system: You are a helpful assistant.
user:
Analyze the provided spectrum to determine if it is a **S-type Star**.

- **Key Indicators for S-type Star:**

    - **(Overall Spectrum Shape):** The first and most obvious characteristic is the overall continuum (the "baseline" shape). It is **extremely "red-sloping,"** meaning the flux (light intensity) is very low on the left side (blue, ~4000-4500 Å) and rises steeply and continuously toward the right side (red, ~7000 Å+).

    - **(Primary):** The spectrum is defined by the presence of strong, broad molecular absorption "valleys" (bands) from **Zirconium Oxide (ZrO)**. The identification of these bands is the **primary requirement** for classifying a star as S-type.
        - **(Key Bandheads):** You must find distinct, deep "dips" where the light has been absorbed. The most critical band systems to locate are:
            - **~6474 Å** ($\gamma$-system): This is often the strongest and clearest ZrO feature, found in the red part of the spectrum.
            - **~5718 Å** & **~5551 Å** ($\beta$-system): A pair of prominent absorption features in the yellow-orange part of the spectrum.
            - **~4640 Å** ($\alpha$-system): A key absorption band system in the blue-green region of the spectrum.

    - **(Secondary Confirmation):** The classification is strengthened by finding additional absorption bands from other related heavy element oxides, which are expected to be present alongside ZrO.
        - **(Key Bandheads):**
            - **Yttrium Oxide (YO):** Look for absorption dips near **~4800 Å** and **~6100 Å**.
            - **Lanthanum Oxide (LaO):** Additional absorption features, particularly in the red-orange part of the spectrum, are also characteristic.

    - **(Line Profile):** The combination of the steep red continuum and these numerous, deep molecular bands (ZrO, YO, etc.) gives the entire spectrum a very **"chopped-up"** or **"bumpy"** appearance. Instead of a smooth curve, the spectrum looks as though large, wide chunks of light have been "carved out" of it at the specific wavelengths listed above.

Think first, call **spectral_visualization_tool** if needed to examine features in detail, then provide your final answer. Your response must adhere to the following strict rules:
1.  **Overall Structure:** Your response must follow the format `<think>...</think> <tool_call>...</tool_call> (if a tool is used) <answer>...</answer>`.
2.  **Tool Usage Constraint:** You may only make **one** tool call per turn.
3.  **Final Answer Format:** In the `<answer>` tag, your conclusion must be inside a `\boxed{}` command (e.g., `\boxed{YES}` or `\boxed{NO}`), followed by your justification.

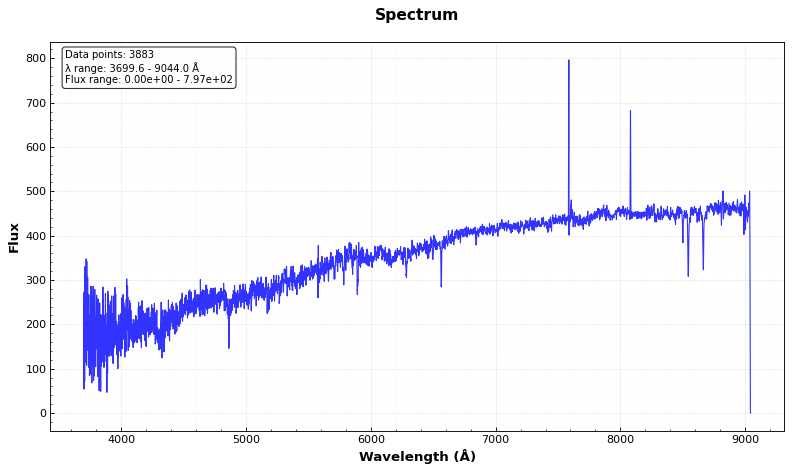
Answer: NO